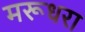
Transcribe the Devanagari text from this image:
मरूधरा